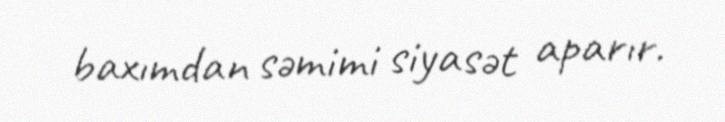
baxımdan səmimi siyasət aparır.